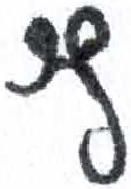
אות: ץ